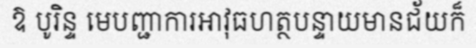
ឱ បូរិន្ទ មេបញ្ជាការអាវុធហត្ថបន្ទាយមានជ័យក៏